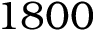
1 8 0 0